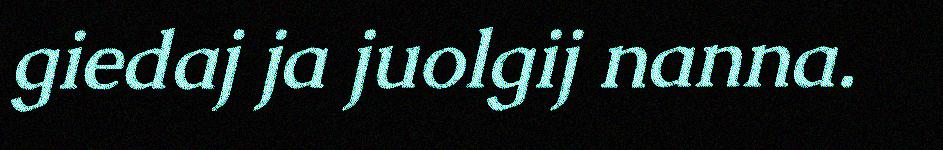
giedaj ja juolgij nanna.